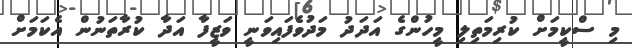
މި ސްކީމަށް ކުރިމަތިލި މީހުންގެ އަދަދު މަދުވެފައިވަނީ ވަޒީފާ އަދާ ކުރާތަނުން އެކަމަށް